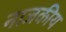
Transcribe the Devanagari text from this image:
नाजकीय